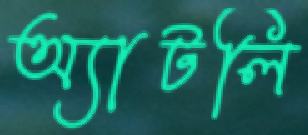
অ্যাটলি